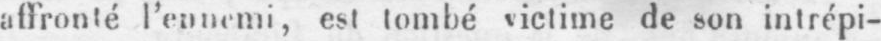
affronté l’ennemi, est tombé victime de son intrépi-